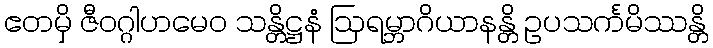
ဧတမှိ ဇီဝဂ္ဂါဟမေဝ သန္တိဋ္ဌနံ ဩရမ္ဘာဂိယာနန္တိ ဥပသင်္ကမိဿန္တိ